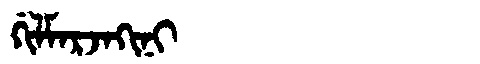
Manchu: ᡤᡳᠯᠮᠠᡵᠵᠠᡴᡳᠨᡳ
Romanization: GILMARJAKINI